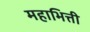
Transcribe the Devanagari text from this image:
महाभित्ती